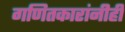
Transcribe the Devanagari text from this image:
गणितकारांनीही